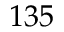
1 3 5